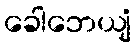
ခေါဘေယျံ